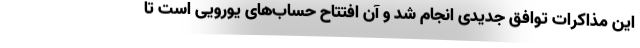
این مذاکرات توافق جدیدی انجام شد و آن افتتاح حساب‌های یورویی است تا